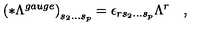
\left( * \Lambda ^ { g a u g e } \right) _ { s _ { 2 } \ldots s _ { p } } = \epsilon _ { r s _ { 2 } \ldots s _ { p } } \Lambda ^ { r } \quad ,